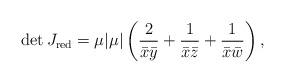
LaTeX: \begin{align*}\det J_{\mathrm{red}} = \mu |\mu| \left(\frac{2}{\bar{x}\bar{y}} + \frac{1}{\bar{x}\bar{z}} + \frac{1}{\bar{x}\bar{w}}\right),\end{align*}